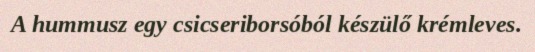
A hummusz egy csicseriborsóból készülő krémleves.